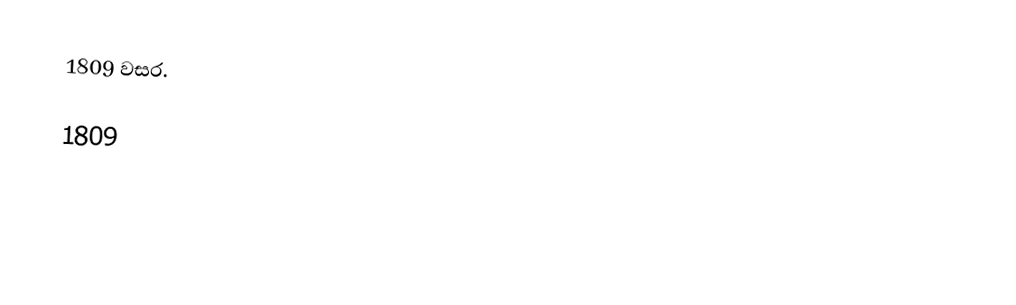
1809 වසර.

1809